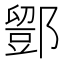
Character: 𨞌